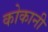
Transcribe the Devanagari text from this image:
कोकानी